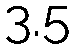
3.5